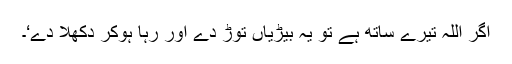
اگر اللہ تیرے ساتھ ہے تو یہ بیڑیاں توڑ دے اور رہا ہوکر دکھلا دے‘۔